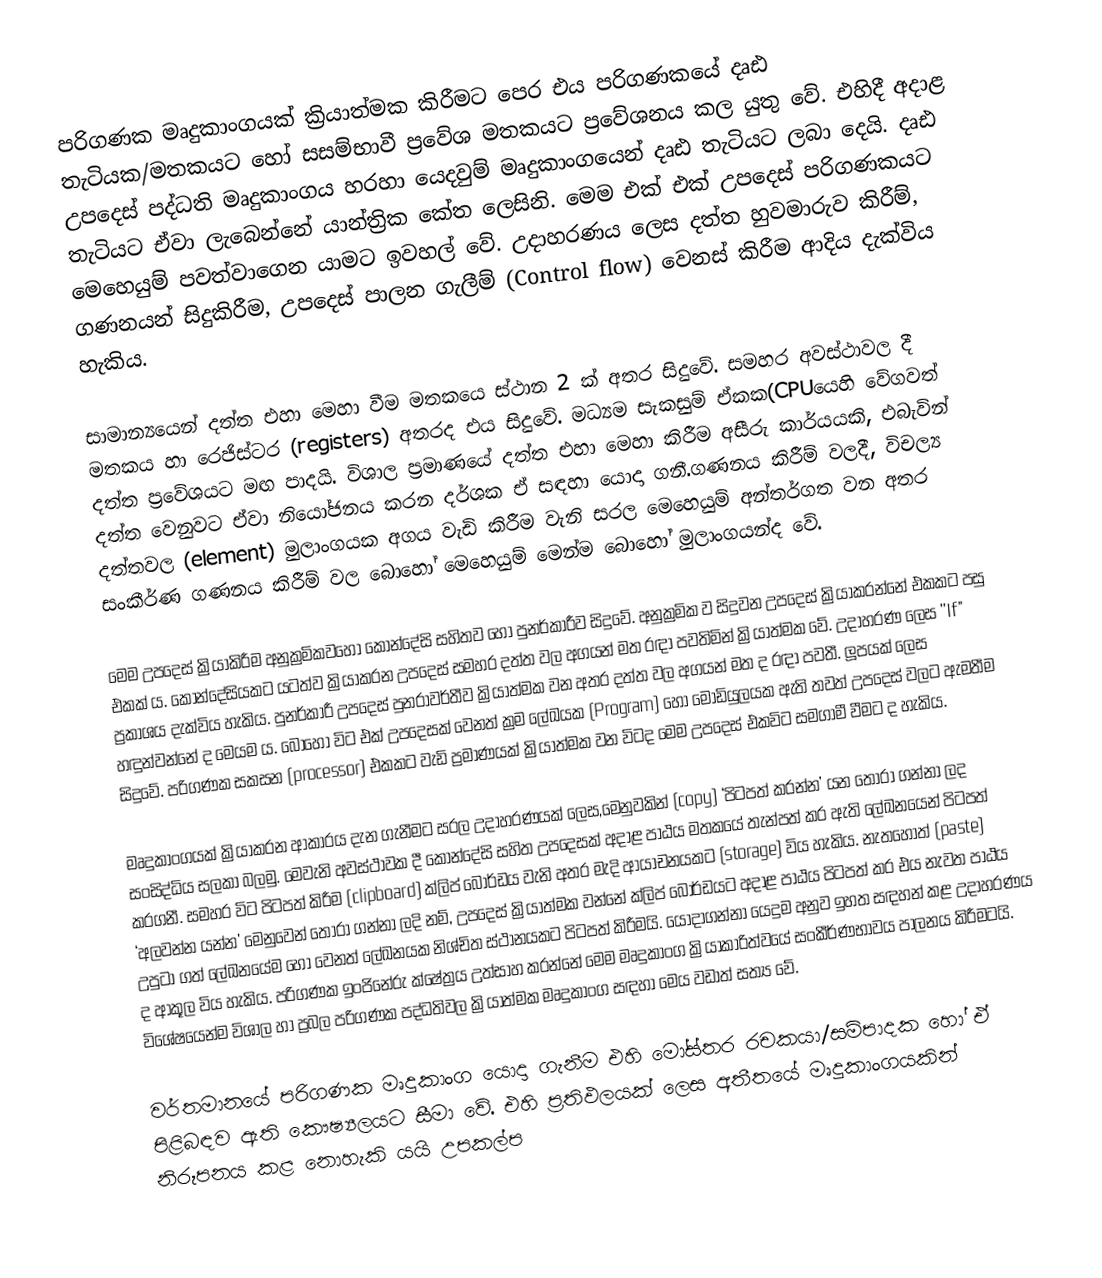
පරිගණක මෘදුකාංගයක් ක්‍රියාත්මක කිරීමට පෙර එය පරිගණකයේ දෘඪ තැටියක/මතකයට හෝ සසම්භාවී ප්‍රවේශ මතකයට ප්‍රවේශනය කල යුතු වේ. එහිදී අදාළ උපදෙස් පද්ධති මෘදුකාංගය හරහා යෙදවුම් මෘදුකාංගයෙන් දෘඪ තැටියට ලබා දෙයි. දෘඪ තැටියට ඒවා ලැබෙන්නේ යාන්ත්‍රික කේත ලෙසිනි. මෙම එක් එක් උපදෙස් පරිගණකයට මෙහෙයුම් පවත්වාගෙන යාමට ඉවහල් වේ. උදාහරණය ලෙස දත්ත හුවමාරුව කිරීම්, ගණනයන් සිදුකිරීම, උපදෙස් පාලන ගැලීම් (Control flow) වෙනස් කිරීම ආදිය දැක්විය හැකිය.

සාමාන්‍යයෙන් දත්ත එහා මෙහා වීම මතකයෙ ස්ථාන 2 ක් අතර සිදුවේ. සමහර අවස්ථාවල දී මතකය හා රෙජිස්ටර (registers) අතරද එය සිදුවේ. මධ්‍යම සැකසුම් ඒකක(CPUයෙහි වේගවත් දත්ත ප්‍රවේශයට මඟ පාදයි. විශාල ප්‍රමාණයේ දත්ත එහා මෙහා කිරීම අසීරු කාර්යයකි, එබැවින් දත්ත වෙනුවට ඒවා නියෝජනය කරන දර්ශක ඒ සඳහා  යොදා ගනී.ගණනය කිරීම් වලදී, විචල්‍ය දත්තවල (element) මුලාංගයක අගය වැඩි කිරීම වැනි සරල මෙහෙයුම් අන්තර්ගත වන අතර සංකීර්ණ ගණනය කිරීම් වල බොහෝ මෙහෙයුම් මෙන්ම බොහෝ මුලාංගයන්ද වේ.

මෙම උපදෙස් ක්‍රියාකිරීම අනුක්‍රමිකවහෝ කොන්දේසි සහිතව හෝ පුනර්කාරීව සිදුවේ. අනුක්‍රමික ව සිදුවන උපදෙස්  ක්‍රියාකරන්නේ එකකට පසු එකක් ය. කොන්දේසියකට යටත්ව ක්‍රියාකරන  උපදෙස් සමහර දත්ත වල  අගයන් මත රඳා පවතිමින් ක්‍රියාත්මක වේ. උදාහරණ ලෙස ''If" ප්‍රකාශය දැක්විය හැකිය. පුනර්කාරී උපදෙස් පුනරාවර්තීව ක්‍රියාත්මක වන අතර දත්ත වල අගයන් මත ද රඳා පවතී. ලූපයක් ලෙස හඳුන්වන්නේ ද  මෙයම ය. බොහෝ විට එක් උපදෙසක් වෙනත් ක්‍රම ලේඛයක  (Program) හෝ මොඩියුලයක ඇති තවත් උපදෙස් වලට ඇමතීම සිදුවේ. පරිගණක සකසන  (processor) එකකට වැඩි ප්‍රමාණයක් ක්‍රියාත්මක වන විටද මෙම උපදෙස්  එකවිට සමගාමී වීමට ද හැකිය.

මෘදුකාංගයක් ක්‍රියාකරන ආකාරය දැන ගැනීමට සරල උදාහරණයක් ලෙස,මෙනුවකින් (copy) ‘පිටපත් කරන්න’ යන තෝරා ගන්නා ලද සංසිද්ධිය සලකා බලමු. මෙවැනි අවස්ථාවක දී කොන්දේසි සහිත  උපදෙසක් අදාළ පාඨය මතකයේ තැන්පත් කර ඇති ලේඛනයෙන් පිටපත් කරගනී. ‍සමහර විට පිටපත් කිරීම (clipboard) ක්ලිප් ‍බෝර්ඩය වැනි අතර මැදි ආයාචනයකට (storage) විය හැකිය. නැතහොත්  (paste) ‘අලවන්න යන්න’ මෙනුවෙන් තෝරා ගන්නා ලදි නම්, උපදෙස් ක්‍රියාත්මක වන්නේ ක්ලිප් බෝර්ඩයට අදාළ පාඨය පිටපත් කර එය නැවත පාඨය උපුටා ගත් ලේඛනයේම හෝ වෙනත් ලේඛනයක නිශ්චිත ස්ථානයකට පිටපත් කිරීමයි. යොදාගන්නා යෙදුම අනුව ඉහත සඳහන් කළ උදාහරණය ද ආකූල විය හැකිය. පරිගණක ඉංජිනේරු ‍ක්ෂේත්‍රය උත්සාහ කරන්නේ මෙම මෘදුකාංග ක්‍රියාකාරිත්වයේ සංකීර්ණභාවය පාලනය කිරීමටයි. විශේෂයෙන්ම විශාල හා ප්‍රබල පරිගණක පද්ධතිවල ක්‍රියාත්මක මෘදුකාංග සඳහා මෙය වඩාත් සත්‍ය වේ.

වර්තමානයේ පරිගණක මෘදුකාංග යොදා ගැනීම එහි මෝස්තර  රචකයා/සම්පාදක හෝ ඒ පිළිබඳව ඇති කෞෂ්‍යලයට සීමා වේ. එහි  ප්‍රතිඵලයක් ලෙස අතීතයේ මෘදුකාංගයකින් නිරූපනය කළ නොහැකි යයි උපකල්ප